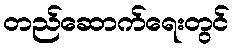
တည်ဆောက်ရေးတွင်